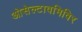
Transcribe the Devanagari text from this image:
ओसेल्टावमिविर